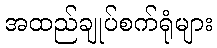
အထည်ချုပ်စက်ရုံများ